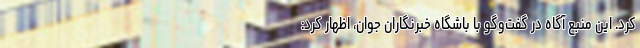
کرد. این منبع آگاه در گفت‌وگو با باشگاه خبرنگاران جوان، اظهار کرد: